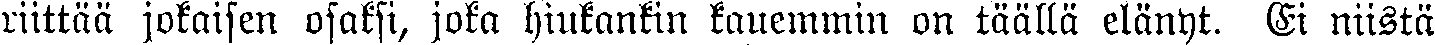
riittää jokaisen osaksi, joka hiukankin kauemmin on täällä elänyt. Ei niistä